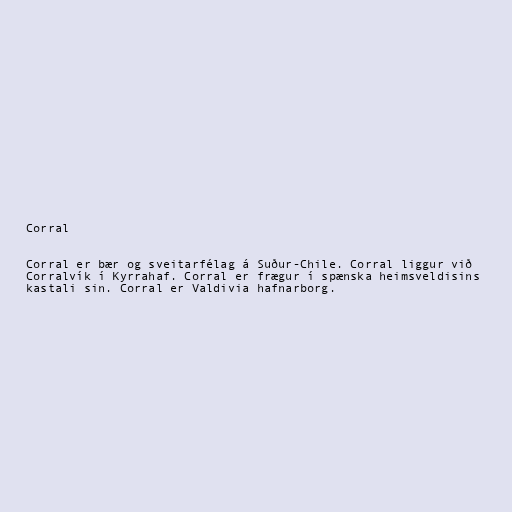
Corral

Corral er bær og sveitarfélag á Suður-Chile. Corral liggur við
Corralvík í Kyrrahaf. Corral er frægur í spænska heimsveldisins
kastali sin. Corral er Valdivia hafnarborg.